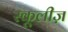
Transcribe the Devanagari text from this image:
स्कूलीज़